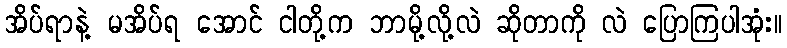
အိပ်ရာနဲ့ မအိပ်ရ အောင် ငါတို့က ဘာမို့လို့လဲ ဆိုတာကို လဲ ပြောကြပါအုံး။